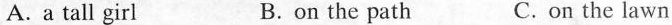
A.a tall girl B. on the path C. on the lawn